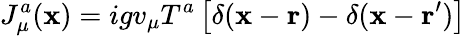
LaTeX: J_{\mu}^{a}(\mathbf{x})=igv_{\mu}T^{a}\left[\delta({\mathbf{\mathbf{x}}}-{\mathbf{r}})-\delta({\mathbf{\mathbf{x}}}-{\mathbf{r}}^{\prime})\right]